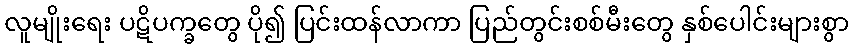
လူမျိုးရေး ပဋိပက္ခတွေ ပို၍ ပြင်းထန်လာကာ ပြည်တွင်းစစ်မီးတွေ နှစ်ပေါင်းများစွာ